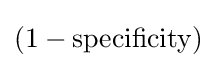
(1-{\mbox{specificity}})